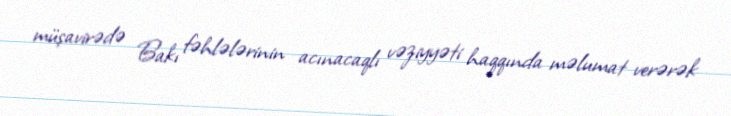
müşavirədə Bakı fəhlələrinin acınacaqlı vəziyyəti haqqında məlumat verərək